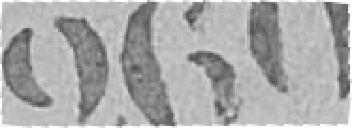
260